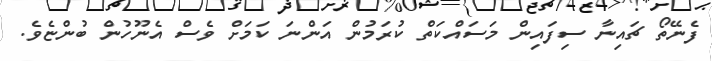
ފެނޭތޯ ޗައިނާ ސިފައިން މަސައްކަތް ކުރަމުން އަންނަ ކަމަށް ވެސް އެނޫހުން ބުންޏެވެ.